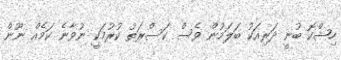
ހިޝްކޮ ބުނީ ދަރިއަކު ބަލަމުން ވެސް ކަސްރަތު ކުރުމަކީ ނުވާނެ ކަމެއް ނޫން